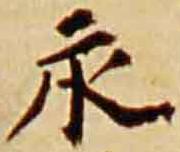
永